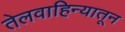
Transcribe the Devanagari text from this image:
तेलवाहिन्यातून